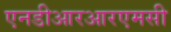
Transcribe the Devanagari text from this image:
एनडीआरआरएमसी